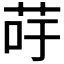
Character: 𦮣